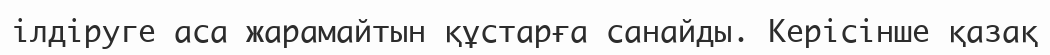
ілдіруге аса жарамайтын құстарға санайды. Керісінше қазақ